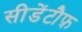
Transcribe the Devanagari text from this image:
सीडेंटौफ़